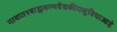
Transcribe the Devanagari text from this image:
गावात१बाह्यरुग्णवैद्यकीयसुविधाआहे